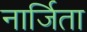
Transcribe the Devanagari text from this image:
नार्जिता